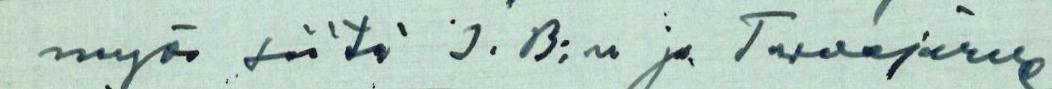
myös siitä I.B:n ja Tarvajärven